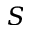
S